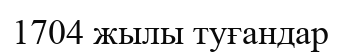
1704 жылы туғандар